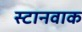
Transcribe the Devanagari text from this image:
स्टानवाक